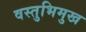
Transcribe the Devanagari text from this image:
वस्तुभिमुख